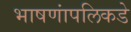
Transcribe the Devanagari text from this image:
भाषणांपलिकडे